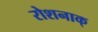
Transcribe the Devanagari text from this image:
रोशनाक्‌